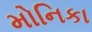
મોનિકા